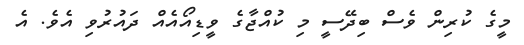
މީގެ ކުރިން ވެސް ބިދޭސީ މި ކުއްޖާގެ ވީޑިއޯއެއް ދައުރުވި އެވެ. އެ